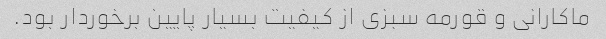
ماکارانی و قورمه سبزی از کیفیت بسیار پایین برخوردار بود.